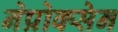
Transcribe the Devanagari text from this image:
नेप्रोक्सेन